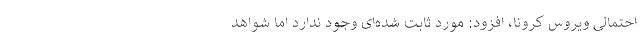
احتمالی ویروس کرونا، افزود: مورد ثابت‌ شده‌ای وجود ندارد اما شواهد